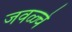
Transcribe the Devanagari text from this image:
जवळ्चे